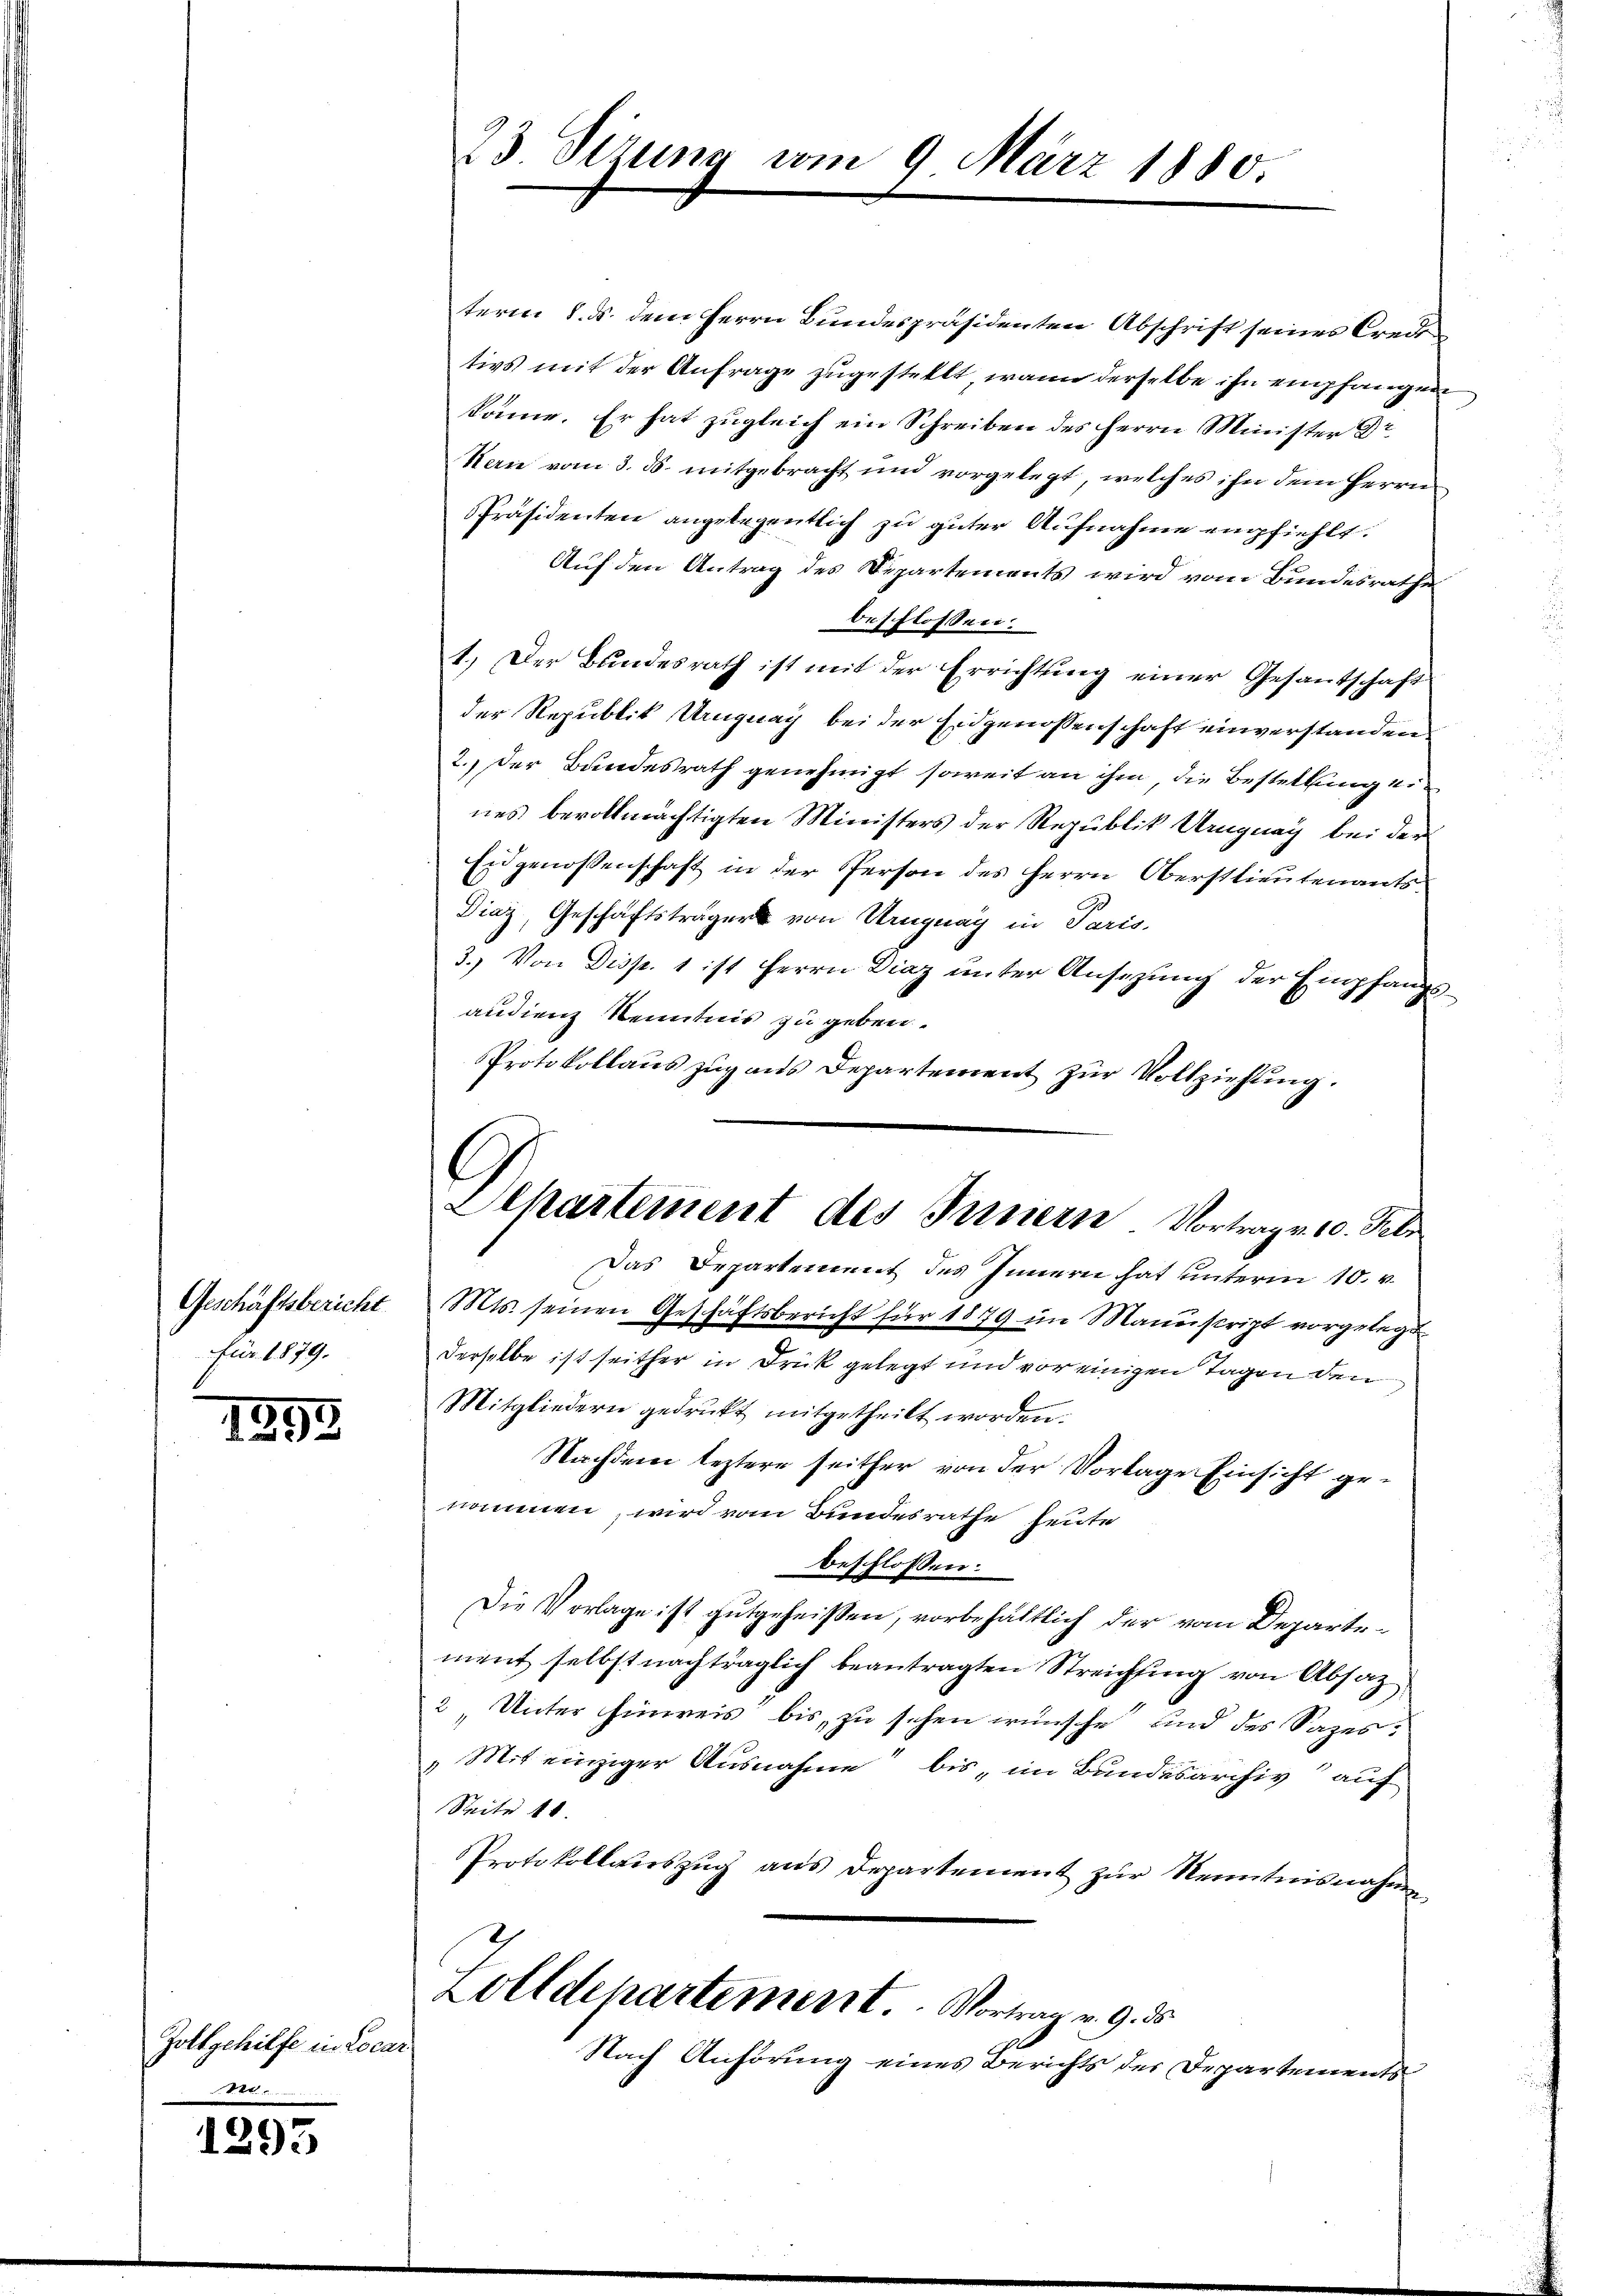
für 1879.

1895

Zoltgehilfe in Locar
m.

1293

term 8. ds. dem Herrn Bundespräsidenten Abschrift seines Creditivs mit der Anfrage zugestellt, wann derselbe ihn empfangen
könne. Er hat zugleich ein Schreiben des Herrn Minister Dr.
Ken vom 3. ds. mitgebracht und vorgelegt, welches ihn dem Herrn
PPräsidenten angelegentlich zu guter Aufnahme empfiehlt.
Auf den Antrag des Departements wird vom Bundesrathe
beschlossen:
1.) Der Bundesrath ist mit der Errichtung einer Gesantschaft
der Republik Uruguay bei der Eidgenossenschaft einverstanden
2. Der Bundesrath genehmigt soweit an ihm, die Bestellung eines bevollmächtigten Ministers der Republik Uruguay bei der
Eidgenossenschaft in der Person des Herrn Oberstlieutenants¬
Diaz, Geschäftsträgers von Uruguay in Paris.
3.) Von Disp. 1 ist Herrn Diaz unter Ansezung der Empfangsaudienz Kenntnis zu geben.
Protokollaus zug aus Departement zur Vollziehung.
Das Departement des Innern hat unterm 10. v.
Geschäftsbericht. Mts. seinen Geschäftsbericht für 1879 im Manuscript vorgelegt
derselbe ist seither in Druck gelegt und vor einigen Tagen den
Mitgliedern gedruckt mitgetheilt worden.
Nachdem leztere seither von der Vorlage Einsicht genommen, wird vom Bundesrathe heute
beschlossen:
Die Vorlage ist gutgeheißen, vorbehältlich der vom Departement selbst nachträglich beantragten Streichung von Absatz
2 „Unter Hinweis bis zu sehen wünsche und des Sazes¬
„Mit einziger Ausnahme“ bis im Bundesarchiv auf
Seite 10.
Protokollauszug aus Departement zur Kenntnisnahme
Zolldepartement. Vortrag v. 9. ds.
Nach Anhörung eines Berichts der Departements

23 Sizung vom 9. März 1880.

Departement des Innern Vortrage 10. Febr